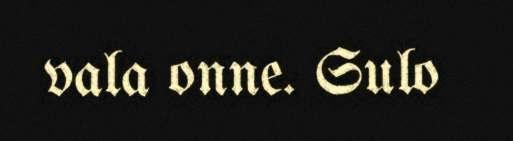
vala onne. Sulo